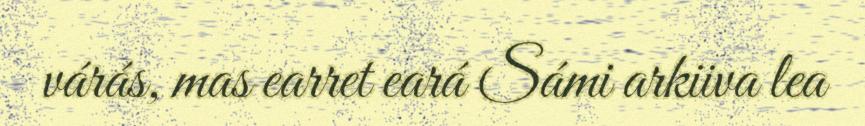
várás, mas earret eará Sámi arkiiva lea